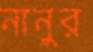
নানুর